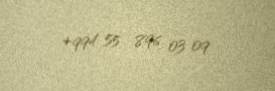
+994 55 896 03 09